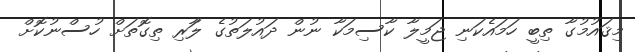
މިޤައުމުގާ ތިބީ ހަމައެކަނި ޖަމީލާ ކާސިމަކާ ނުން ދައުލަތުގެ ލަާރި ތިގޮތަށް ހުސްނުކޮށް